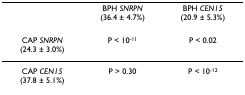
<table><thead><tr><td></td><td><b>BPH <i>SNRPN</i>(36.4 ± 4.7%)</b></td><td><b>BPH <i>CEN15</i>(20.9 ± 5.3%)</b></td></tr></thead><tbody><tr><td>CAP <i>SNRPN</i>(24.3 ± 3.0%)</td><td>P &lt; 10<sup>-11</sup></td><td>P &lt; 0.02</td></tr><tr><td>CAP <i>CEN15</i>(37.8 ± 5.1%)</td><td>P &gt; 0.30</td><td>P &lt; 10<sup>-12</sup></td></tr></tbody></table>